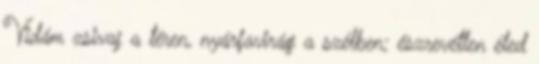
Vidám zsivaj a téren, nyárfavirág a szélben; észrevétlen éled